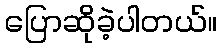
ပြောဆိုခဲ့ပါတယ်။